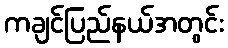
ကချင်ပြည်နယ်အတွင်း